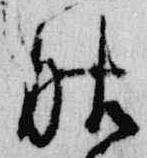
服